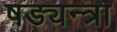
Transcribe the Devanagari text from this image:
षड्यन्त्रा